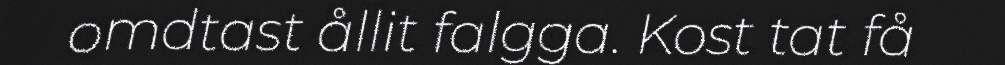
omdtast ållit falgga. Kost tat få